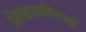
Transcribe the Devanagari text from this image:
तिरंदाजाविरूद्ध